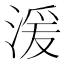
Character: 湲